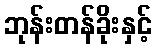
ဘုန်းတန်ခိုးနှင့်